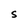
Character: S